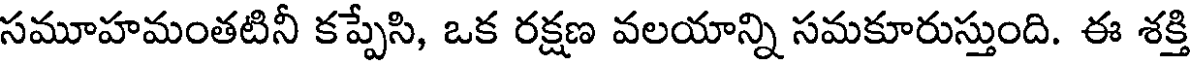
సమూహమంతటినీ కప్పేసి, ఒక రక్షణ వలయాన్ని సమకూరుస్తుంది. ఈ శక్తి